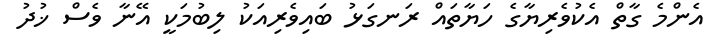
އެންމެ ގާތް އެކުވެރިޔާގެ ހަޔާތައް ރަނގަޅު ބައިވެރިއަކު ލިބުމަކީ އޭނާ ވެސް ޚުދު